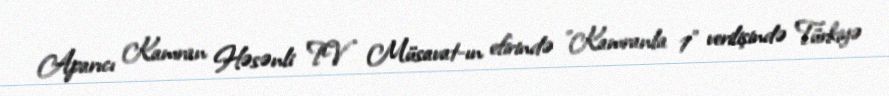
Aparıcı Kamran Həsənli TV Müsavat-ın efirində "Kamranla 1" verilişində Türkiyə